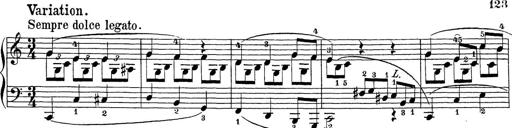
Title: Sonatina Album
Composer: Louis KÃ¶hler